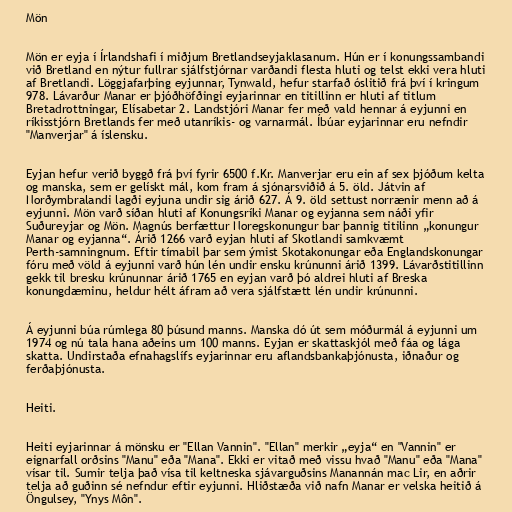
Mön

Mön er eyja í Írlandshafi í miðjum Bretlandseyjaklasanum. Hún er í konungssambandi
við Bretland en nýtur fullrar sjálfstjórnar varðandi flesta hluti og telst ekki vera hluti
af Bretlandi. Löggjafarþing eyjunnar, Tynwald, hefur starfað óslitið frá því í kringum
978. Lávarður Manar er þjóðhöfðingi eyjarinnar en titillinn er hluti af titlum
Bretadrottningar, Elísabetar 2. Landstjóri Manar fer með vald hennar á eyjunni en
ríkisstjórn Bretlands fer með utanríkis- og varnarmál. Íbúar eyjarinnar eru nefndir
"Manverjar" á íslensku.

Eyjan hefur verið byggð frá því fyrir 6500 f.Kr. Manverjar eru ein af sex þjóðum kelta
og manska, sem er gelískt mál, kom fram á sjónarsviðið á 5. öld. Játvin af
Norðymbralandi lagði eyjuna undir sig árið 627. Á 9. öld settust norrænir menn að á
eyjunni. Mön varð síðan hluti af Konungsríki Manar og eyjanna sem náði yfir
Suðureyjar og Mön. Magnús berfættur Noregskonungur bar þannig titilinn „konungur
Manar og eyjanna“. Árið 1266 varð eyjan hluti af Skotlandi samkvæmt
Perth-samningnum. Eftir tímabil þar sem ýmist Skotakonungar eða Englandskonungar
fóru með völd á eyjunni varð hún lén undir ensku krúnunni árið 1399. Lávarðstitillinn
gekk til bresku krúnunnar árið 1765 en eyjan varð þó aldrei hluti af Breska
konungdæminu, heldur hélt áfram að vera sjálfstætt lén undir krúnunni.

Á eyjunni búa rúmlega 80 þúsund manns. Manska dó út sem móðurmál á eyjunni um
1974 og nú tala hana aðeins um 100 manns. Eyjan er skattaskjól með fáa og lága
skatta. Undirstaða efnahagslífs eyjarinnar eru aflandsbankaþjónusta, iðnaður og
ferðaþjónusta.

Heiti.

Heiti eyjarinnar á mönsku er "Ellan Vannin". "Ellan" merkir „eyja“ en "Vannin" er
eignarfall orðsins "Manu" eða "Mana". Ekki er vitað með vissu hvað "Manu" eða "Mana"
vísar til. Sumir telja það vísa til keltneska sjávarguðsins Manannán mac Lir, en aðrir
telja að guðinn sé nefndur eftir eyjunni. Hliðstæða við nafn Manar er velska heitið á
Öngulsey, "Ynys Môn".